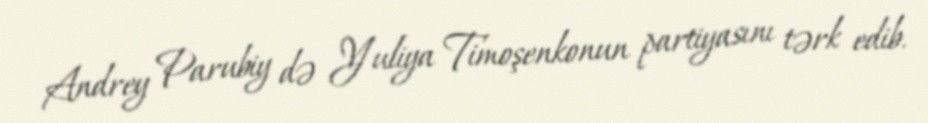
Andrey Parubiy də Yuliya Timoşenkonun partiyasını tərk edib.